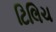
ટિલિચ